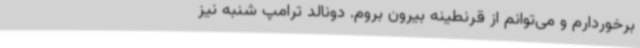
برخوردارم و می‌توانم از قرنطینه بیرون بروم. دونالد ترامپ شنبه نیز